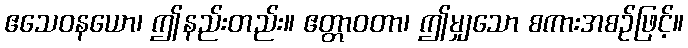
ဧသေဝနယော၊ ဤနည်းတည်း။ ဧတ္တာဝတာ၊ ဤမျှသော စကားအစဉ်ဖြင့်။